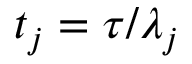
t _ { j } = \tau / \lambda _ { j }